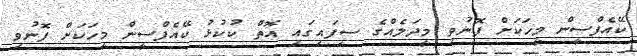
ކޭއެފްސީން މީހަކަށް ފޮނުވި މީދަލެއްގެ ސިފައިގައި އޮތް ކުކުޅު ކޭއެފްސީން މީހަކަށް ފޮނުވި